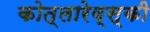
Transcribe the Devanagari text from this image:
कोत्लारेव्स्की